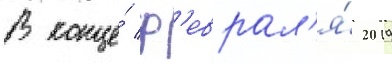
В конце́ ф'еврал'я́ 2019